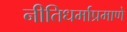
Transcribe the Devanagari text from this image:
नीतिधर्माप्रमाणे